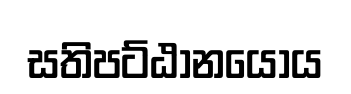
සතිපට්ඨානයෝය